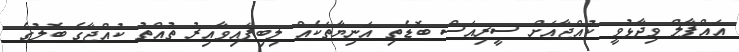
އައްފާލް ވިދާޅުވީ ކުއްޖާއަށް ސީރިއަސް ބޮޑެތި އަނިޔާތަކެއް ލިބިފައިވާއިރު ތުއްތު ކުއްޖާގެ ބޮލުގެ